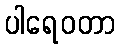
ပါရေဝတာ